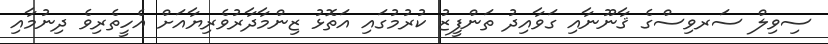
ސިވިލް ސަރވިސްގެ ޤާނޫނާއި ގަވާއިދު ތަންފީޒު ކުރުމުގައި އަތޮޅު ޒިންމާދާރުވެރިޔާއަށް އެހީތެރިވެ ދިނުމާއި